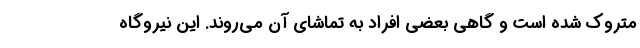
متروک شده است و گاهی بعضی افراد به تماشای آن می‌روند. این نیروگاه